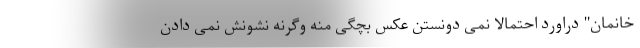
خانمان" دراورد احتمالا نمی دونستن عکس بچگی منه وگرنه نشونش نمی دادن